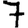
Digit: 7